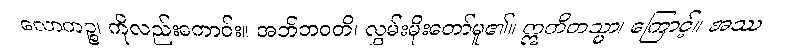
လောကဉ္စ၊ ကိုလည်းကောင်း။ အဘိဘဝတိ၊ လွှမ်းမိုးတော်မူ၏။ ဣတိတသ္မာ၊ ကြောင့်။ အဿ